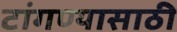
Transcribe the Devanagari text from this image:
टांगण्यासाठी